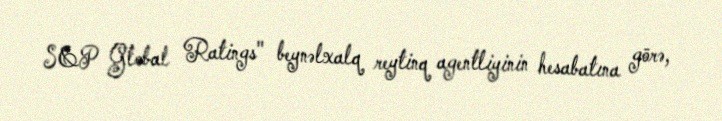
S&P Global Ratings" beynəlxalq reytinq agentliyinin hesabatına görə,